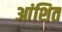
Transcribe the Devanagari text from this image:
आंशित